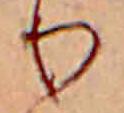
り